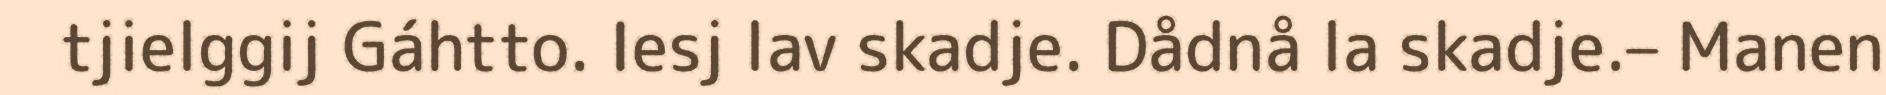
tjielggij Gáhtto. Iesj lav skadje. Dådnå la skadje.– Manen